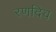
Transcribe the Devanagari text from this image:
रणदिव